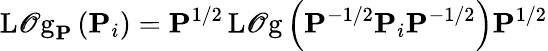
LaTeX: \operatorname{L\mathscr{O}g}_{\mathbf{{P}}}\left(\mathbf{{P}}_{i}\right)=\mathbf{{P}}^{1/2}\operatorname{L\mathscr{O}g}\left(\mathbf{{P}}^{-1/2}\mathbf{{P}}_{i}\mathbf{{P}}^{-1/2}\right)\mathbf{{P}}^{1/2}